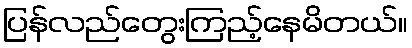
ပြန်လည်တွေးကြည့်နေမိတယ်။